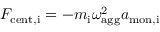
F _ { \mathrm { c e n t , i } } = - m _ { \mathrm { i } } \omega _ { \mathrm { a g g } } ^ { 2 } a _ { \mathrm { m o n , i } }